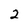
Character: 2